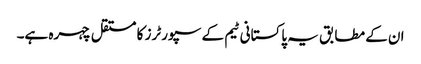
ان کے مطابق یہ پاکستانی ٹیم کے سپورٹرز کا مستقل چہرہ ہے۔